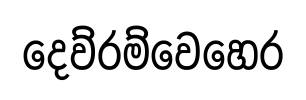
දෙව්රම්වෙහෙර